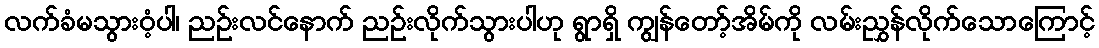
လက်ခံမသွားဝံ့ပါ၊ ညဉ်းလင်နောက် ညဉ်းလိုက်သွားပါဟု ရွာရှိ ကျွန်တော့်အိမ်ကို လမ်းညွှန်လိုက်သောကြောင့်